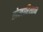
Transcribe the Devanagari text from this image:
तोखारिस्तान